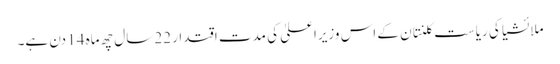
ملائشیا کی ریاست کلنتان کے اس وزیراعلیٰ کی مدتِ اقتدار 22 سال چھ ماہ 14 دن ہے۔